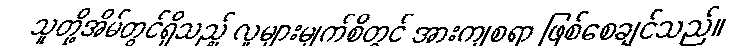
သူတို့အိမ်တွင်ရှိသည့် လူများမျက်စိတွင် အားကျစရာ ဖြစ်စေချင်သည်။